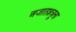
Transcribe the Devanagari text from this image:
अजातशत्रूला